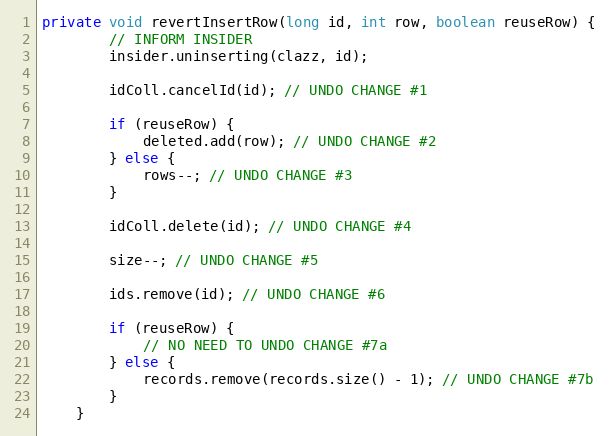
Language: Java
private void revertInsertRow(long id, int row, boolean reuseRow) {
		// INFORM INSIDER
		insider.uninserting(clazz, id);

		idColl.cancelId(id); // UNDO CHANGE #1

		if (reuseRow) {
			deleted.add(row); // UNDO CHANGE #2
		} else {
			rows--; // UNDO CHANGE #3
		}

		idColl.delete(id); // UNDO CHANGE #4

		size--; // UNDO CHANGE #5

		ids.remove(id); // UNDO CHANGE #6

		if (reuseRow) {
			// NO NEED TO UNDO CHANGE #7a
		} else {
			records.remove(records.size() - 1); // UNDO CHANGE #7b
		}
	}